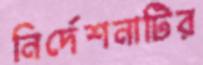
নির্দেশনাটির